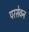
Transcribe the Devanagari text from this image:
परसेवन